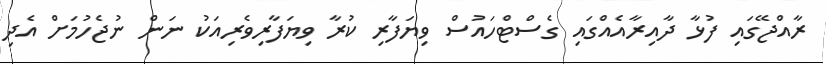
ރާއްޖޭގައި ފުޅާ ދާއިރާއެއްގައި ގެސްޓްހައުސް ވިޔަފާރި ކުރާ ވިޔަފާރިވެރިއަކު ނަން ނުޖެހުމަށް އެދި